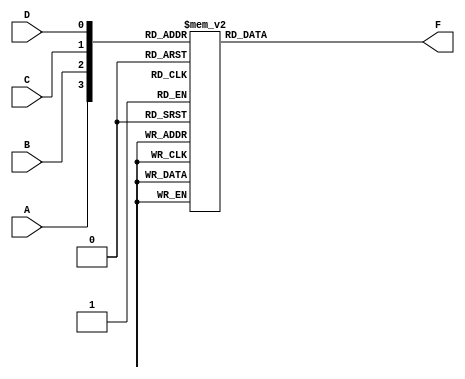
module kmap_4var (
    input wire A,    // First variable
    input wire B,    // Second variable
    input wire C,    // Third variable
    input wire D,    // Fourth variable
    output reg F     // Output variable
);

// K-map for F based on the combination of A, B, C, and D
always @(*) begin
    case ({A, B, C, D}) // Concatenating A, B, C, D into a 4-bit input for the case statement
        4'b0000: F = 1'b0; // 0
        4'b0001: F = 1'b0; // 1
        4'b0010: F = 1'b1; // 2
        4'b0011: F = 1'b1; // 3
        4'b0100: F = 1'b0; // 4
        4'b0101: F = 1'b1; // 5
        4'b0110: F = 1'b1; // 6
        4'b0111: F = 1'b0; // 7
        4'b1000: F = 1'b0; // 8
        4'b1001: F = 1'b1; // 9
        4'b1010: F = 1'b1; // 10
        4'b1011: F = 1'b1; // 11
        4'b1100: F = 1'b0; // 12
        4'b1101: F = 1'b0; // 13
        4'b1110: F = 1'b1; // 14
        4'b1111: F = 1'b1; // 15
        default: F = 1'b0; // Catch-all default case
    endcase
end

endmodule